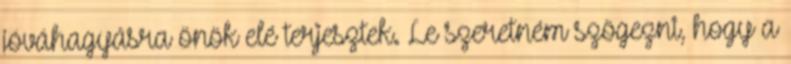
jóváhagyásra önök elé terjesztek. Le szeretném szögezni, hogy a